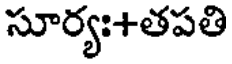
సూర్యః+తపతి